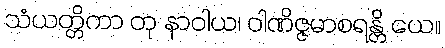
သံယတ္တိကာ တု နာဝါယ၊ ဝါဏိဇ္ဇမာစရန္တိ ယေ။